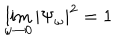
LaTeX: \lim _ { \omega \to 0 } | \Psi _ { \omega } | ^ { 2 } = 1